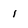
Character: 1